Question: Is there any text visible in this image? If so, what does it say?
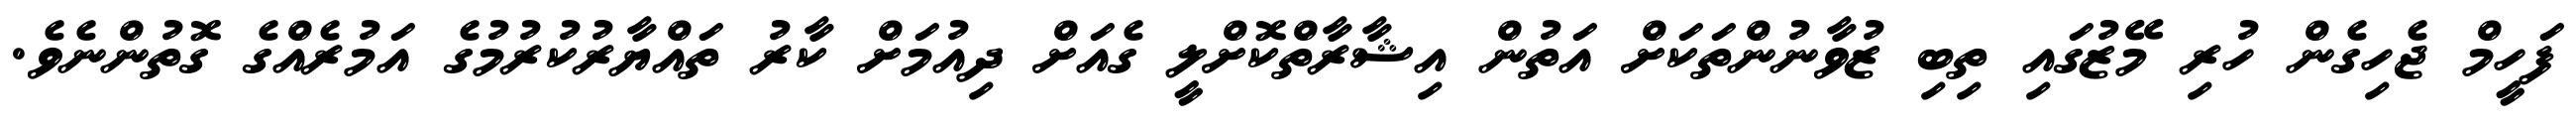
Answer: ފަހީމް ޖެހިގެން ހުރި މޭޒުގައި ތިބި ޒުވާނުންތަކަށް އަތުން އިޝާރާތްކޮށްލީ ގެއަށް ދިއުމަށް ކާރު ތައްޔާރުކުރުމުގެ އަމުރެއްގެ ގޮތުންނެވެ.